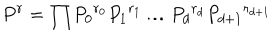
LaTeX: P ^ { r } = { \prod } { P _ { 0 } } ^ { r _ { 0 } } { P _ { 1 } } ^ { r _ { 1 } } \ldots { P _ { d } } ^ { r _ { d } } { P _ { d + 1 } } ^ { r _ { d + 1 } }